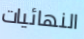
النهائيات